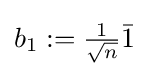
b_{1}:={\textstyle {\frac {1}{\sqrt {n}}}}{\bar {1}}